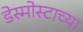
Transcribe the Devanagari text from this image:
डेस्मोस्टाच्या